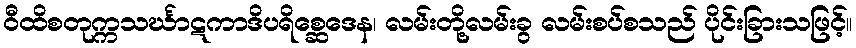
ဝီထိစတုက္ကသင်္ဃာဋကာဒိပရိစ္ဆေဒေန၊ လမ်းတို့လမ်းခွ လမ်းစပ်စသည် ပိုင်းခြားသဖြင့်။